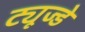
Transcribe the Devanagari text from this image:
ट्यूज्डे